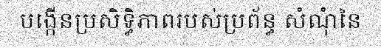
បង្កើនប្រសិទ្ធិភាពរបស់ប្រព័ន្ធ សំណុំនៃ